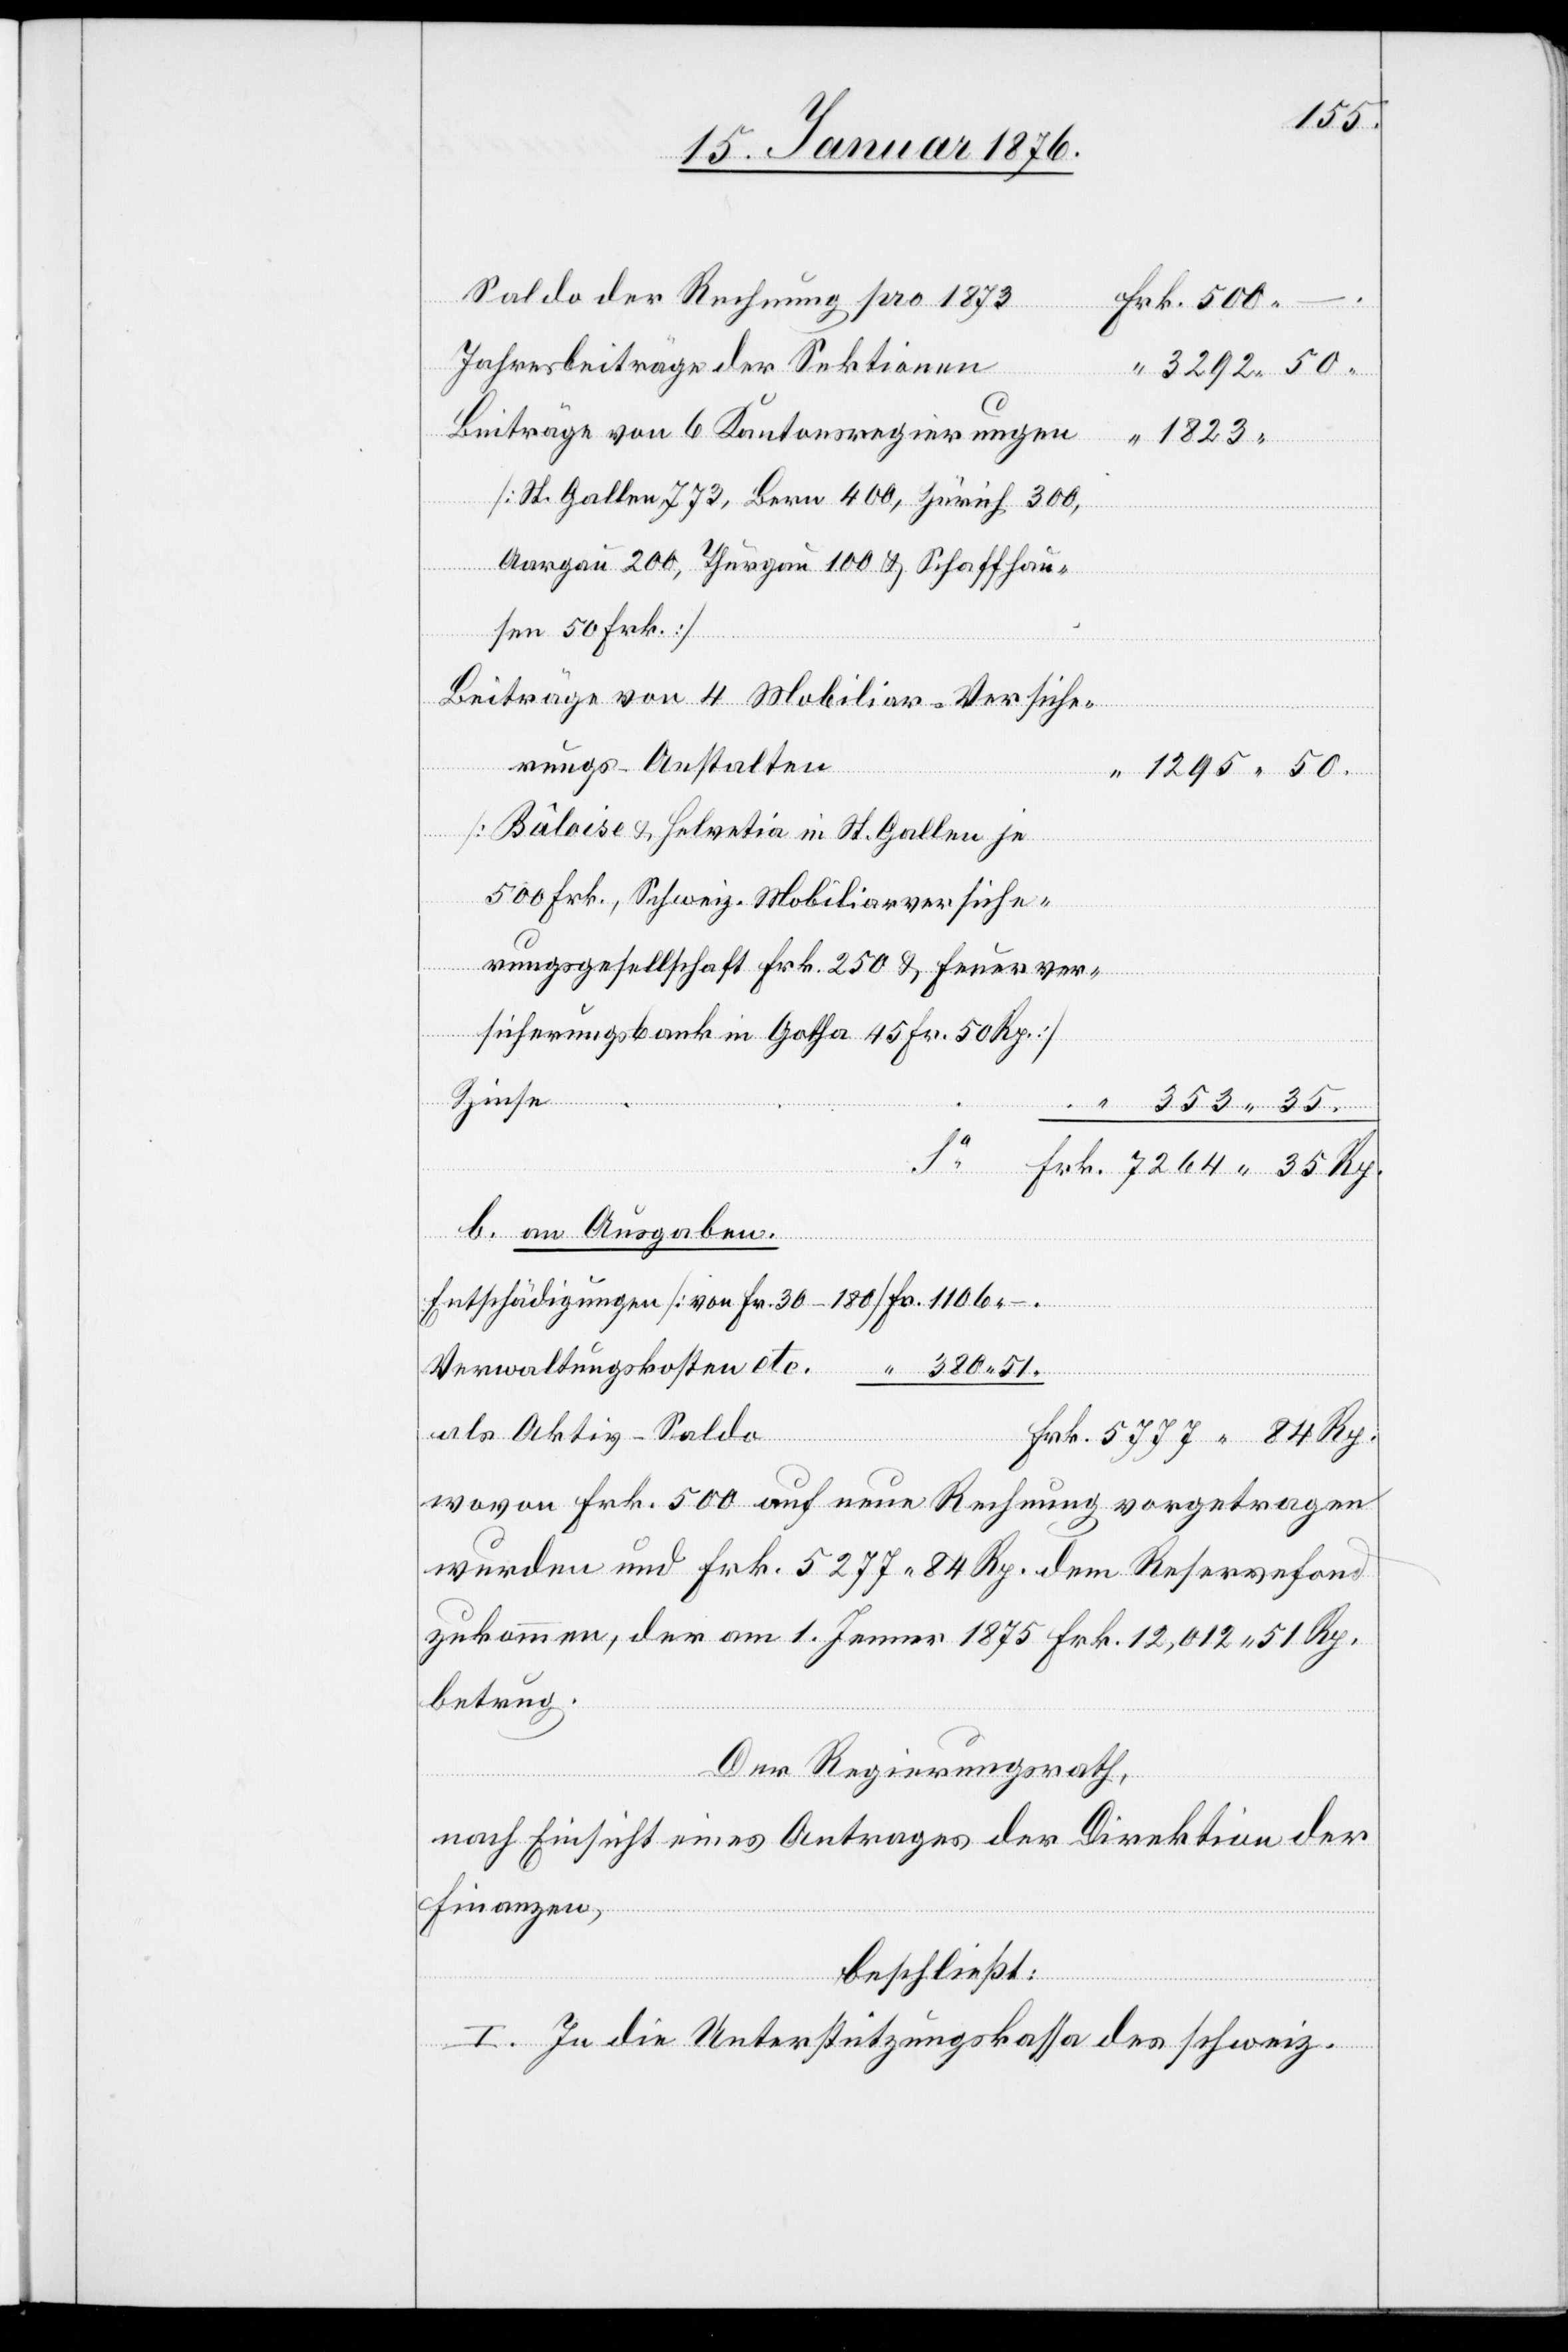
1295.
Saldo der Rechnung pro 1873
Jahresbeiträge der Sektionen
Beiträge von 6 Kantonsregierungen
1823.
[St. Gallen 773, Bern 400, Zürich 300,
35
Aargau 200, Thurgau 100 u. Schaffhau¬
sen 50 Frk.]
Beiträge von 4 Mobiliar-Versiche¬
Frk.
rungs-Anstalten
[Bâloise u. Helvetia in St. Gallen je
500 Frk., Schweiz. Mobiliarversiche¬
rungsgesellschaft Frk. 250 u. Feuerver¬
sicherungsbank in Gotha 45 Fr. 50 Rp.]
Zinse
“
353.
b. an Ausgaben.
Entschädigungen [von Fr. 30–180] Fr. 1106.–
Verwaltungskosten etc. “ 380.51.
als Aktiv-Saldo Frk. 5777.84 Rp.
wovon Frk. 500 auf neue Rechnung vorgetragen
wurden und Frk. 5277.84 Rp. dem Reservefond
zukommen, der am 1. Jenner 1875 Frk. 12,012.51 Rp.
betrug.
Der Regierungsrath,
nach Einsicht eines Antrages der Direktion der
Finanzen,
beschließt:
I. In die Unterstützungskassa des schweiz.